Civil Veterinary Department. United Provinces 1912-22 - 1912-1922
Year: 1912
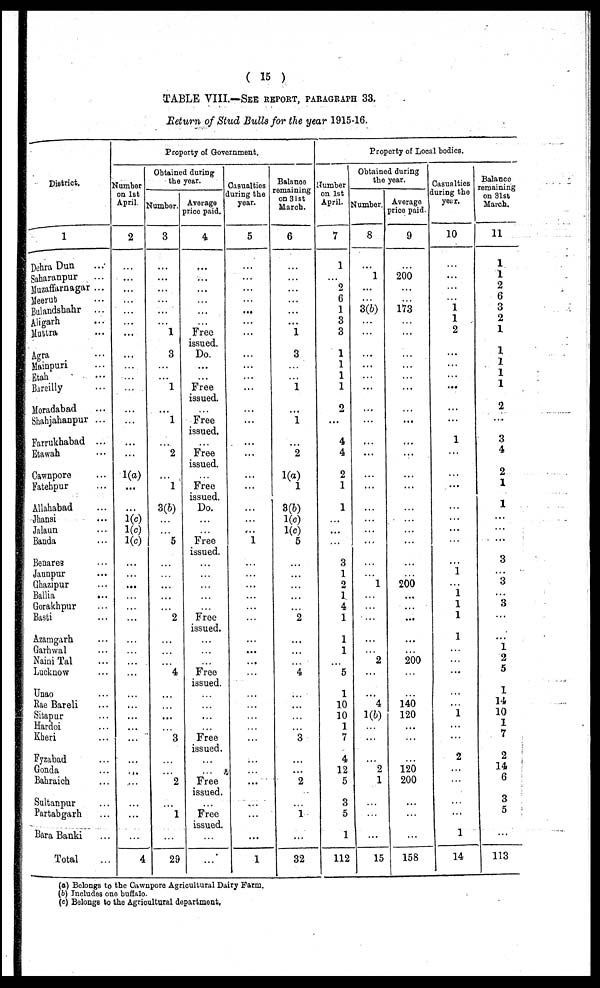
( 15 )
TABLE VIII.—SEE REPORT, PARAGRAPHS 33.
Return of Stud Bulls for the year 1915-16.
District.
1
Dehra Dun …
Saharanpur …
Muzaffarnagar ...
Meerut …
Bulandshahr ...
Aligarh …
Muttra …
Agra …
Mainpuri …
Etah …
Bareilly …
Moradabad …
Shahjabanpur ...
Farrukbabad ...
Etawah …
Cawnpore …
Fatehpur …
Allahabad
Jhansi …
Jalaun …
Banda …
Benares …
Jaunpur …
Ghazipur …
Ballia …
Gorakhpur …
Basti …
Azamgarh …
Garhwal …
Naini Tal …
Lucknow …
Unao …
Rae Bareli …
Sitapur …
Hardoi …
Kheri …
Fyzabad …
Goada …
Bahraich …
Sultanpur …
Partabgarh …
Bara Banki …
Total …
Property of Government.
Number
on 1st
April
2
…
...
...
…
…
…
...
...
…
…
…
...
...
...
…
1(a)
...
…
1(c)
1(c)
1(c)
...
…
...
…
…
…
…
…
…
…
…
…
…
…
…
…
…
…
…
…
…
4
Obtained during
the year.
Number.
3
…
...
...
…
...
…
1
3
…
…
1
…
…
1
…
…
2
…
1
3(6)
…
…
5
…
…
...
…
…
2
…
…
…
4
…
…
…
…
3
…
…
2
...
1
…
29
Average
price paid.
4
. . .
…
...
…
…
…
Free
issued.
Do.
...
…
Free
issued.
…
Free
issued.
…
Free
issued.
…
Free
issued.
Do.
…
…
Free
issued.
…
…
…
…
…
Free
issued.
…
…
…
Free
issued.
…
…
…
…
Free
issued.
…
…
Free
issued.
…
Free
issued.
…
Casualties
luring the
year.
5
...
…
…
…
...
…
...
…
…
...
…
…
…
...
. . .
…
...
...
…
…
...
1
…
…
…
…
…
…
…
...
...
…
…
…
…
…
…
…
…
…
...
…
…
…
...
1
Balance
remaining
on 31st
March.
6
…
…
…
…
…
...
1
3
…
…
1
…
. . .
1
…
2
…
1(a)
1
8(6)
1(c)
1(c)
5
…
…
...
…
…
…
2
…
…
…
4
…
…
…
…
3
…
…
. . .
2
…
1
...
32
Number
on 1st
April.
7
1
…
2
6
1
3
3
1
1
1
1
…
2
...
4
4
…
2
1
1
…
...
…
…
3
1
2
1
4
1
1
1
…
5
1
10
10
1
7
…
4
12
5
3
5
1
112
Property of Local bodies.
Obtained during
the year.
Number.
8
...
1
…
…
3(6)
…
…
...
...
…
...
…
...
…
...
...
…
...
...
…
…
…
…
…
…
…
1
…
…
…
...
…
2
…
...
4
1(b)
…
…
…
…
2
1
…
…
…
15
Average
price paid.
9
…
200
…
…
173
…
…
…
…
…
...
…
…
...
...
…
…
...
...
…
…
…
…
…
...
…
200
...
…
...
...
…
200
…
…
140
120
…
…
…
120
200
…
…
…
158
Casualties
during the
year.
10
…
...
…
…
1
1
2
...
…
…
...
...
1
...
…
...
…
…
...
…
…
...
1
…
1
1
1
1
…
…
...
...
…
1
…
…
2
…
…
…
…
1
14
Balance
remaining
on 31st
March.
11
1
1
2
6
3
2
1
1
1
1
1
2
...
3
4
…
2
1
1
...
...
…
3
…
3
3
...
...
1
2
5
1
14
10
1
7
2
14
6
3
5
…
113
(a) Belongs to the Cawnpore Agricultural Dairy Farm.
(b) Includes one buffalo.
(c) Belongs to the Agricultural department.